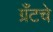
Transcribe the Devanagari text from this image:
ग्रँटचे